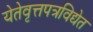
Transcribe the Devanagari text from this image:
येतेवृत्तपत्रविद्येत